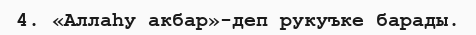
4. «Аллаһу акбар»-деп рукуъке барады.